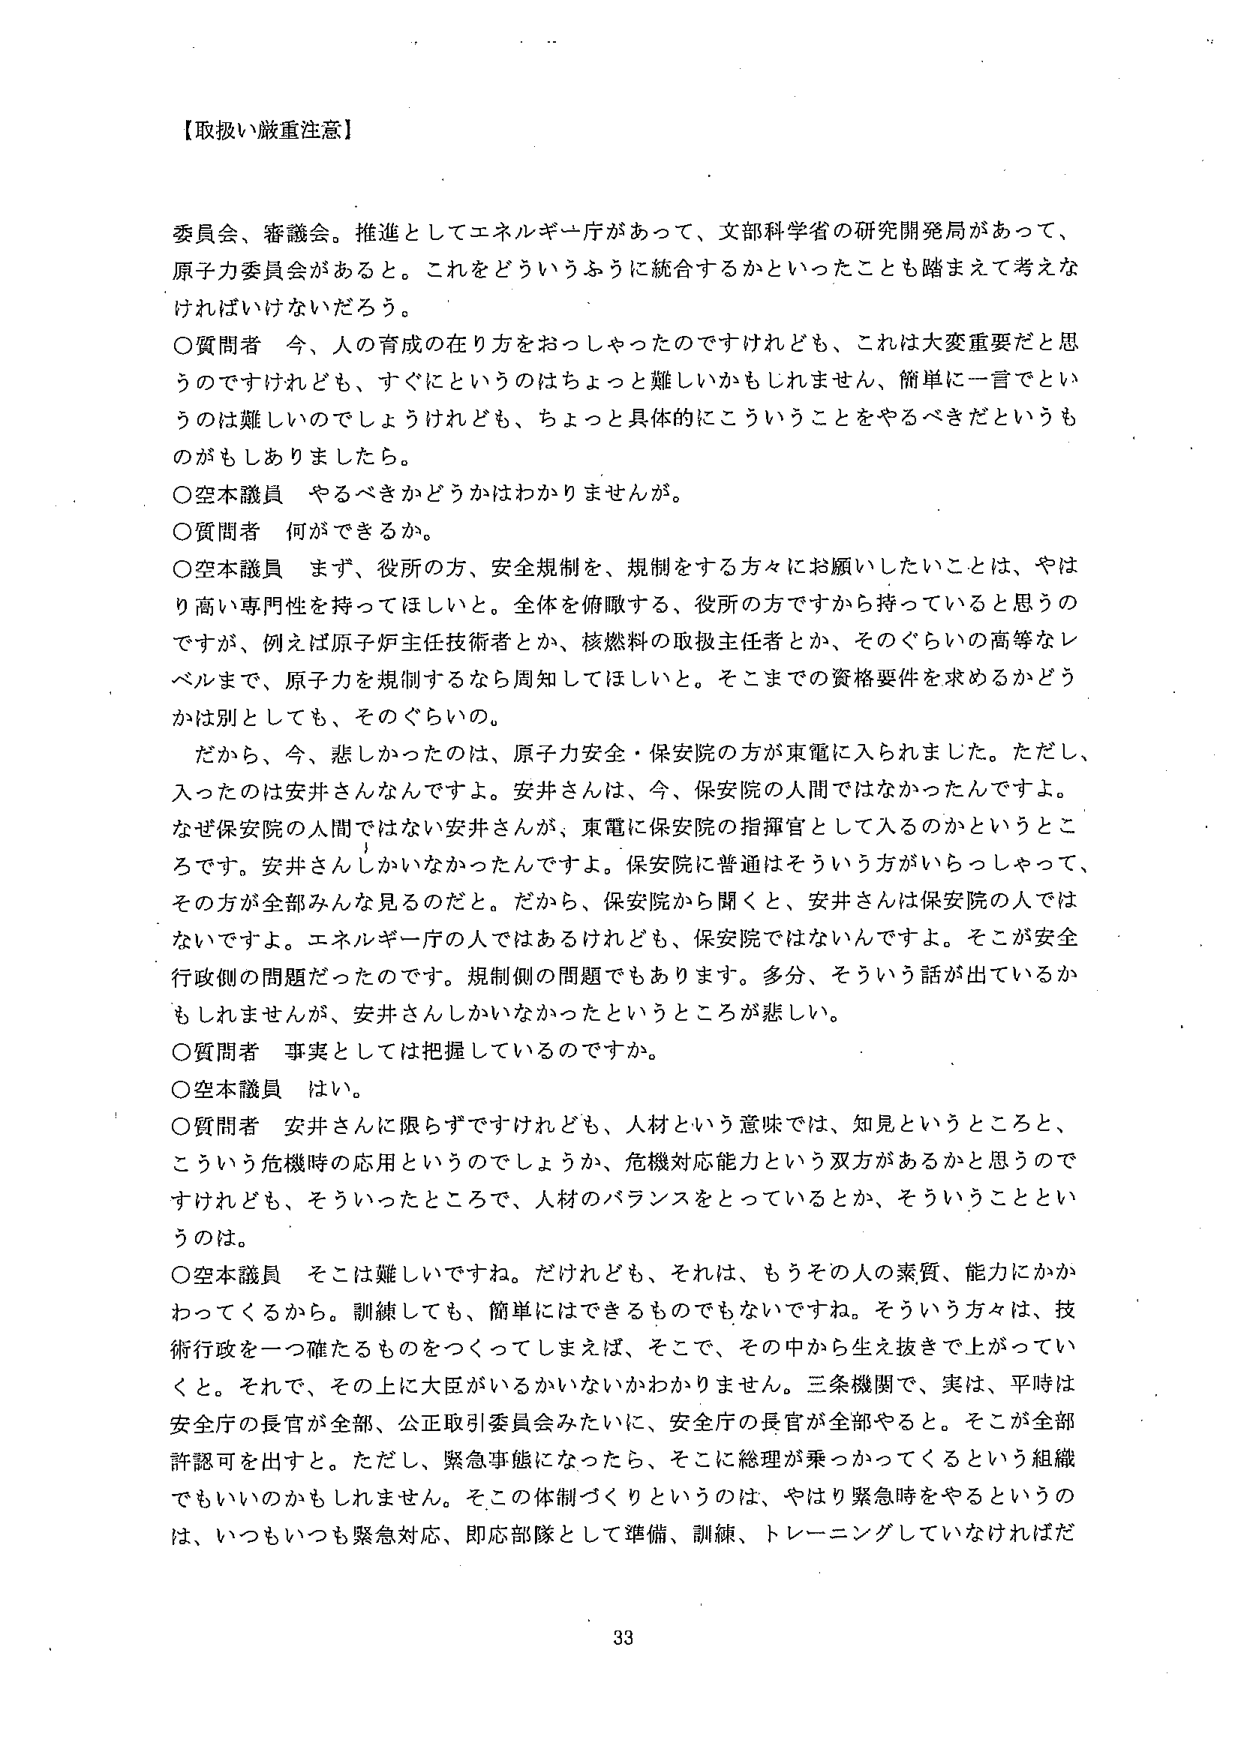
【取扱い厳重注意】

委員会、審議会。推進としてエネルギー庁があって、文部科学省の研究開発局があって、原子力委員会があると。これをどういうふうに統合するかといったことも踏まえて考えなければならないだろう。

○質問者　今、人の育成の在り方をおっしゃったのですけれども、これは大変重要だと思うのですけれども、すぐにというのはちょっと難しいかもしれません、簡単に一言でというのは難しいのでしょうけれども、ちょっと具体的にこういうことをやるべきだというものがもしありましたら。

○空本議員　やるべきかどうかはわかりませんが。

○質問者　何ができるか。

○空本議員　まず、役所の方、安全規制を、規制をする方々にお願いしたいことは、やはり高い専門性を持ってほしいと。全体を俯瞰する、役所の方ですから持っていると思うのですが、例えば原子炉主任技術者とか、核燃料の取扱主任者とか、そのぐらいの高等なレベルまで、原子力を規制するなら周知してほしいと。そこまでの資格要件を求めるかどうかは別としても、そのぐらいの。

　だから、今、悲しかったのは、原子力安全・保安院の方が東電に入られました。ただし、入ったのは安井さんなんですよ。安井さんは、今、保安院の人間ではなかったんですよ。なぜ保安院の人間ではない安井さんが、東電に保安院の指揮官として入るのかというところです。安井さんしかいなかったんですよ。保安院に普通はそういう方がいらっしゃって、その方が全部みんな見るのだと。だから、保安院から聞くと、安井さんは保安院の人ではないですよ。エネルギー庁の人ではあるけれども、保安院ではないんですよ。そこが安全行政側の問題だったのです。規制側の問題でもあります。多分、そういう話が出ているかもしれませんが、安井さんしかいなかったというところが悲しい。

○質問者　事実としては把握しているのですか。

○空本議員　はい。

○質問者　安井さんに限らずですけれども、人材という意味では、知見というところと、こういう危機時の応用というのでしょうか、危機対応能力という双方があるかと思うのですけれども、そういったところで、人材のバランスをとっているとか、そういうことというのは。

○空本議員　そこは難しいですね。だけれども、それは、もうその人の素質、能力にかかわってくるから。訓練しても、簡単にはできるものでもないですね。そういう方々は、技術行政を一つ確たるものをつけてしまえば、そこで、その中から生え抜きで上がっていくと。それで、その上に大臣がいるかいないかわかりません。三条機関で、実は、平時は安全庁の長官が全部、公正取引委員会みたいに、安全庁の長官が全部やると。そこが全部許認可を出すと。ただし、緊急事態になったら、そこに総理が乗っかってくるという組織でもいいのかもしれません。そこの体制づくりというのは、やはり緊急時をやるというのは、いつもいつも緊急対応、即応部隊として準備、訓練、トレーニングしていなければだ

33